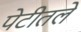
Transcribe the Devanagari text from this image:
पेटीतले